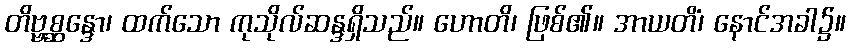
တိဗ္ဗစ္ဆန္ဒော၊ ထက်သော ကုသိုလ်ဆန္ဒရှိသည်။ ဟောတိ၊ ဖြစ်၏။ အာယတိံ၊ နောင်အခါ၌။